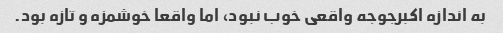
به اندازه اکبرجوجه واقعی خوب نبود، اما واقعا خوشمزه و تازه بود.